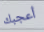
أعجبك